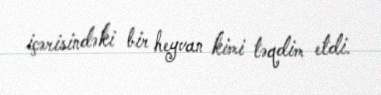
içərisindəki bir heyvan kimi təqdim etdi.